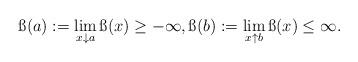
LaTeX: \begin{align*}\ss(a):=\lim_{x\downarrow a}\ss(x)\geq -\infty,\ss(b):=\lim_{x\uparrow b}\ss(x)\leq \infty.\end{align*}